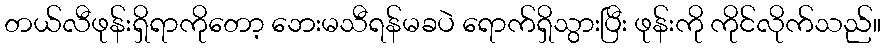
တယ်လီဖုန်းရှိရာကိုတော့ ဘေးမသီရန်မခပဲ ရောက်ရှိသွားပြီး ဖုန်းကို ကိုင်လိုက်သည်။